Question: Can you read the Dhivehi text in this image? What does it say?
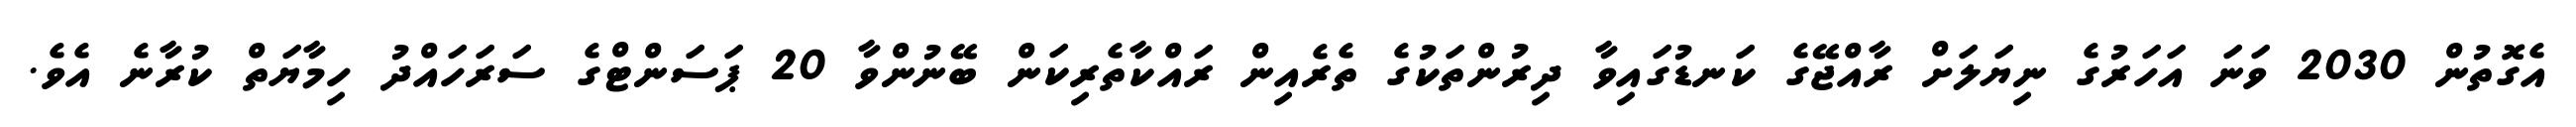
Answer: އެގޮތުން 2030 ވަނަ އަހަރުގެ ނިޔަލަށް ރާއްޖޭގެ ކަނޑުގައިވާ ދިރުންތަކުގެ ތެރެއިން ރައްކާތެރިކަން ބޭނުންވާ 20 ޕަސަންޓްގެ ސަރަހައްދު ހިމާޔަތް ކުރާނެ އެވެ.